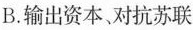
B. 输出资本、对抗苏联